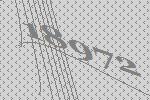
18972